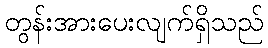
တွန်းအားပေးလျက်ရှိသည်